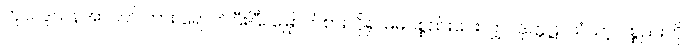
ကုလဒူသနအာပတ် ကား ရောက်ပြီးပြီ။ မြှောက်စားလို၍ မိမိပစ္စည်းပေးလျှင် ဒုက္ကဋ်။ သံဃာ့ ပစ္စည်းကို